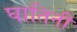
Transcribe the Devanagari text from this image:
घातिनी